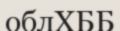
облХББ